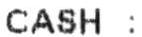
CASH :